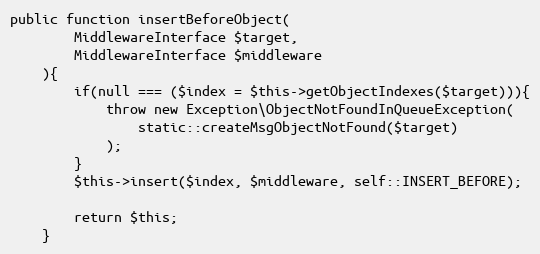
Language: PHP
public function insertBeforeObject(
        MiddlewareInterface $target,
        MiddlewareInterface $middleware
    ){
        if(null === ($index = $this->getObjectIndexes($target))){
            throw new Exception\ObjectNotFoundInQueueException(
                static::createMsgObjectNotFound($target)
            );
        }
        $this->insert($index, $middleware, self::INSERT_BEFORE);

        return $this;
    }